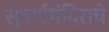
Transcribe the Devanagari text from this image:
सुवर्णमंदिराचे